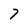
Character: 7